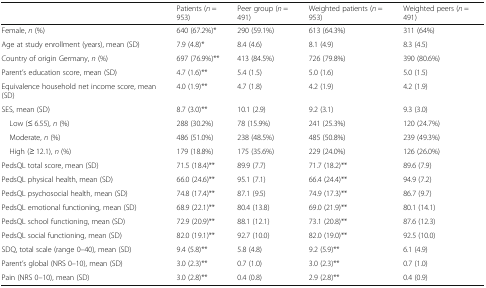
<table><thead><tr><td></td><td><b>Patients (<i>n</i> = 953)</b></td><td><b>Peer group (<i>n</i> = 491)</b></td><td><b>Weighted patients (<i>n</i> = 953)</b></td><td><b>Weighted peers (<i>n</i> = 491)</b></td></tr></thead><tbody><tr><td>Female, <i>n</i> (%)</td><td>640 (67.2%)*</td><td>290 (59.1%)</td><td>613 (64.3%)</td><td>311 (64%)</td></tr><tr><td>Age at study enrollment (years), mean (SD)</td><td>7.9 (4.8)*</td><td>8.4 (4.6)</td><td>8.1 (4.9)</td><td>8.3 (4.5)</td></tr><tr><td>Country of origin Germany, <i>n</i> (%)</td><td>697 (76.9%)**</td><td>413 (84.5%)</td><td>726 (79.8%)</td><td>390 (80.6%)</td></tr><tr><td>Parent’s education score, mean (SD)</td><td>4.7 (1.6)**</td><td>5.4 (1.5)</td><td>5.0 (1.6)</td><td>5.0 (1.5)</td></tr><tr><td>Equivalence household net income score, mean (SD)</td><td>4.0 (1.9)**</td><td>4.7 (1.8)</td><td>4.2 (1.9)</td><td>4.2 (1.9)</td></tr><tr><td>SES, mean (SD)</td><td>8.7 (3.0)**</td><td>10.1 (2.9)</td><td>9.2 (3.1)</td><td>9.3 (3.0)</td></tr><tr><td> Low (≤ 6.55), <i>n</i> (%)</td><td>288 (30.2%)</td><td>78 (15.9%)</td><td>241 (25.3%)</td><td>120 (24.7%)</td></tr><tr><td> Moderate, <i>n</i> (%)</td><td>486 (51.0%)</td><td>238 (48.5%)</td><td>485 (50.8%)</td><td>239 (49.3%)</td></tr><tr><td> High (≥ 12.1), <i>n</i> (%)</td><td>179 (18.8%)</td><td>175 (35.6%)</td><td>229 (24.0%)</td><td>126 (26.0%)</td></tr><tr><td>PedsQL total score, mean (SD)</td><td>71.5 (18.4)**</td><td>89.9 (7.7)</td><td>71.7 (18.2)**</td><td>89.6 (7.9)</td></tr><tr><td>PedsQL physical health, mean (SD)</td><td>66.0 (24.6)**</td><td>95.1 (7.1)</td><td>66.4 (24.4)**</td><td>94.9 (7.2)</td></tr><tr><td>PedsQL psychosocial health, mean (SD)</td><td>74.8 (17.4)**</td><td>87.1 (9.5)</td><td>74.9 (17.3)**</td><td>86.7 (9.7)</td></tr><tr><td>PedsQL emotional functioning, mean (SD)</td><td>68.9 (22.1)**</td><td>80.4 (13.8)</td><td>69.0 (21.9)**</td><td>80.1 (14.1)</td></tr><tr><td>PedsQL school functioning, mean (SD)</td><td>72.9 (20.9)**</td><td>88.1 (12.1)</td><td>73.1 (20.8)**</td><td>87.6 (12.3)</td></tr><tr><td>PedsQL social functioning, mean (SD)</td><td>82.0 (19.1)**</td><td>92.7 (10.0)</td><td>82.0 (19.0)**</td><td>92.5 (10.0)</td></tr><tr><td>SDQ, total scale (range 0–40), mean (SD)</td><td>9.4 (5.8)**</td><td>5.8 (4.8)</td><td>9.2 (5.9)**</td><td>6.1 (4.9)</td></tr><tr><td>Parent’s global (NRS 0–10), mean (SD)</td><td>3.0 (2.3)**</td><td>0.7 (1.0)</td><td>3.0 (2.3)**</td><td>0.7 (1.0)</td></tr><tr><td>Pain (NRS 0–10), mean (SD)</td><td>3.0 (2.8)**</td><td>0.4 (0.8)</td><td>2.9 (2.8)**</td><td>0.4 (0.9)</td></tr></tbody></table>